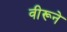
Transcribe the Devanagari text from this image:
वीरूने